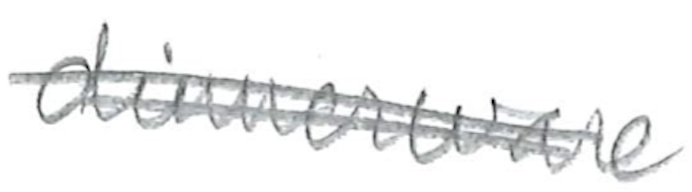
Text: and
Cross-out: double-line
Writing tool: pencil